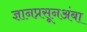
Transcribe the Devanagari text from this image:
ज्ञानप्रसूनअंबा